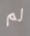
لم